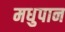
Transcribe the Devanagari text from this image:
मधुपान